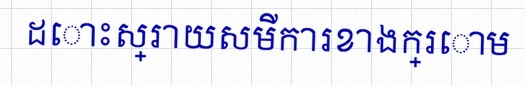
ដោះស្រាយសមីការខាងក្រោម